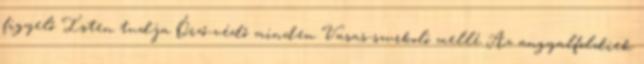
figyelő Isten tudja Őrző-védő minden Vasas-szurkoló mellé Az angyalföldiek